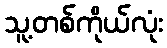
သူ့တစ်ကိုယ်လုံး